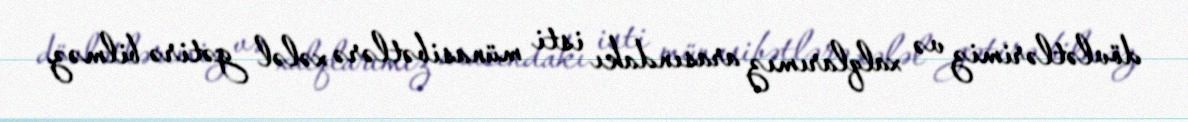
dövlətlərimiz və xalqlarımız arasındakı isti münasibətlərə xələl gətirə bilməz.